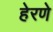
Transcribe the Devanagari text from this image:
हेरणे